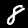
Digit: 8